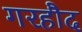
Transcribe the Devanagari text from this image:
गरहौद